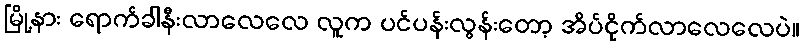
မြို့နား ရောက်ခါနီးလာလေလေ လူက ပင်ပန်းလွန်းတော့ အိပ်ငိုက်လာလေလေပဲ။